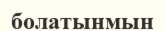
болатынмын